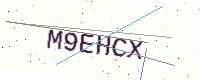
Text: M9EHCX